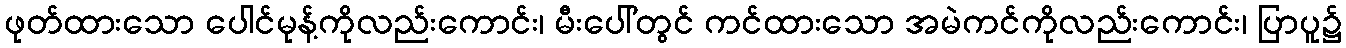
ဖုတ်ထားသော ပေါင်မုန့်ကိုလည်းကောင်း၊ မီးပေါ်တွင် ကင်ထားသော အမဲကင်ကိုလည်းကောင်း၊ ပြာပူ၌